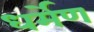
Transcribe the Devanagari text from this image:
धर्मेण